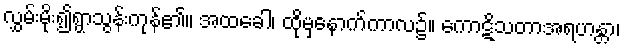
လွှမ်းမိုး၍ရွာသွန်းကုန်၏။ အထခေါ၊ ထိုမှနောက်ကာလ၌။ ကောဋိသတာအရဟန္တာ၊